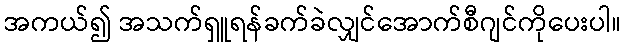
အကယ်၍ အသက်ရှူရန်ခက်ခဲလျှင်အောက်စီဂျင်ကိုပေးပါ။